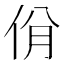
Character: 佾